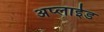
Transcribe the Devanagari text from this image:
अप्‍लाईड